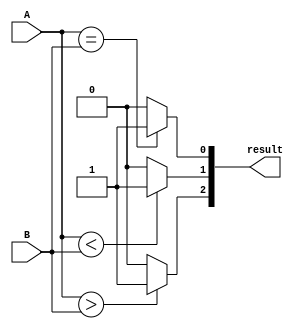
module comparator_2bit(
    input [1:0] A,
    input [1:0] B,
    output [2:0] result
);

// Greater than, Less than, Equal logic
assign result[2] = (A > B) ? 1 : 0; // Greater than
assign result[1] = (A < B) ? 1 : 0; // Less than
assign result[0] = (A == B) ? 1 : 0; // Equal

endmodule